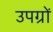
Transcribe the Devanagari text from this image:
उपग्रों